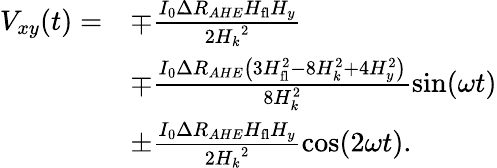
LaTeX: \begin{array}{rl}{V_{xy}(t)=}&{\mp\frac{I_{0}\Delta R_{AHE}H_{\mathrm{fl}}H_{y}}{2{H_{k}}^{2}}}\\ &{\mp\frac{I_{0}\Delta R_{AHE}\left(3H_{\mathrm{fl}}^{2}-8H_{k}^{2}+4H_{y}^{2}\right)}{8H_{k}^{2}}\sin(\omega t)}\\ &{\pm\frac{I_{0}\Delta R_{AHE}H_{\mathrm{fl}}H_{y}}{2{H_{k}}^{2}}\cos(2\omega t).}\end{array}